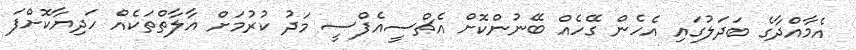
އެމާއްދާގެ ބަދަލުގައި އެހެން ގޭހެއް ބޭނުންކޮށް އެޗްސީއެފްސީ މަދު ކުރުމަށް އާލާތްތަކެއް ހަދިޔާކޮށްފަ